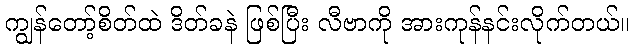
ကျွန်တော့်စိတ်ထဲ ဒိတ်ခနဲ ဖြစ်ပြီး လီဗာကို အားကုန်နင်းလိုက်တယ်။